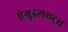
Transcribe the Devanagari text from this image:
ऐगुइलएट्स